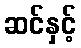
ဆင်နှင့်